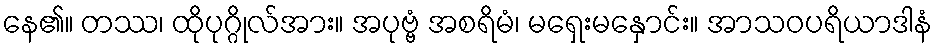
နေ၏။ တဿ၊ ထိုပုဂ္ဂိုလ်အား။ အပုဗ္ဗံ အစရိမံ၊ မရှေးမနှောင်း။ အာသဝပရိယာဒါနံ